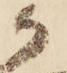
候